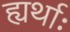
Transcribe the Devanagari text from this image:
ह्यर्थाः